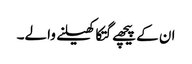
ان کے پیچھے گتکا کھیلنے والے۔